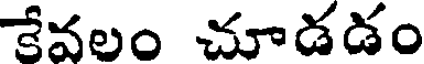
కేవలం చూడడం